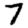
Digit: 7